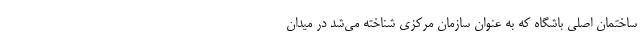
ساختمان اصلی باشگاه که به عنوان سازمان مرکزی شناخته می‌شد در میدان